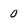
Character: 0